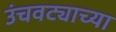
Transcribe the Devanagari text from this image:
उंचवट्याच्या